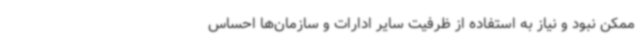
ممکن نبود و نیاز به استفاده از ظرفیت سایر ادارات و سازمان‌ها احساس